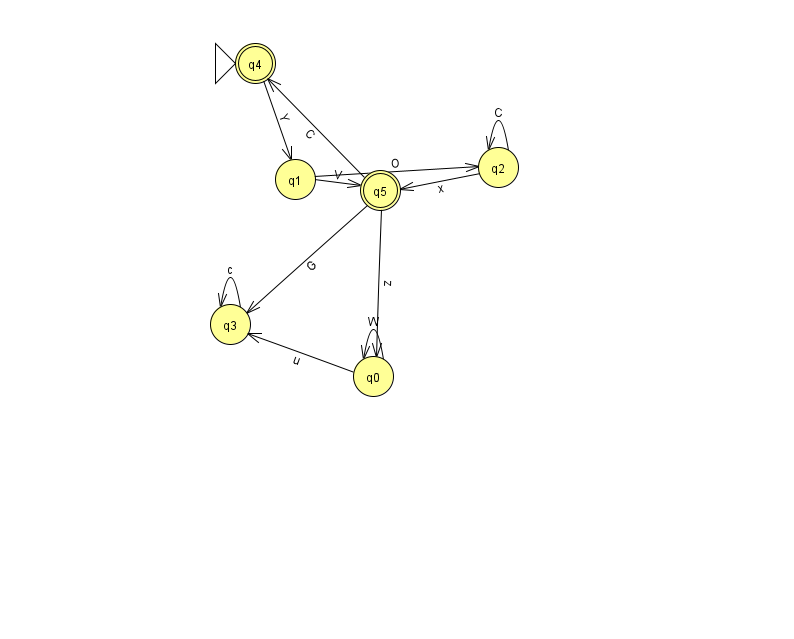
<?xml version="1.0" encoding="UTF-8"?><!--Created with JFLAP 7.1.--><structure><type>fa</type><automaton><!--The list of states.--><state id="0" name="q0"><x>373.0</x><y>363.0</y></state><state id="1" name="q1"><x>295.0</x><y>166.0</y></state><state id="2" name="q2"><x>498.0</x><y>154.0</y></state><state id="3" name="q3"><x>230.0</x><y>311.0</y></state><state id="4" name="q4"><x>255.0</x><y>50.0</y><initial/><final/></state><state id="5" name="q5"><x>380.0</x><y>177.0</y><final/></state><!--The list of transitions.--><transition><from>5</from><to>4</to><read>C</read></transition><transition><from>0</from><to>3</to><read>u</read></transition><transition><from>2</from><to>5</to><read>x</read></transition><transition><from>2</from><to>2</to><read>C</read></transition><transition><from>3</from><to>3</to><read>c</read></transition><transition><from>4</from><to>1</to><read>Y</read></transition><transition><from>5</from><to>0</to><read>z</read></transition><transition><from>0</from><to>0</to><read>W</read></transition><transition><from>1</from><to>5</to><read>V</read></transition><transition><from>1</from><to>2</to><read>O</read></transition><transition><from>5</from><to>3</to><read>G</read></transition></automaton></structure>